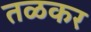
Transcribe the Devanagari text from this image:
तळकर